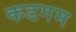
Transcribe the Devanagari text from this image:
कडगम